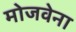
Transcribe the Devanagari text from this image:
मोजवेना